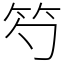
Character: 𥫩